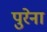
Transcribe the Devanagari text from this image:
पुरेना